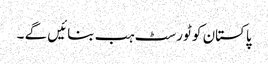
پاکستان کو ٹورسٹ ہب بنائیں گے ۔